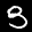
Label: 3